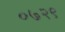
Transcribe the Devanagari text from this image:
०७२९